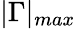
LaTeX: |\Gamma|_{max}